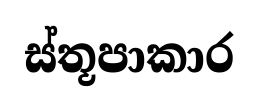
ස්තූපාකාර